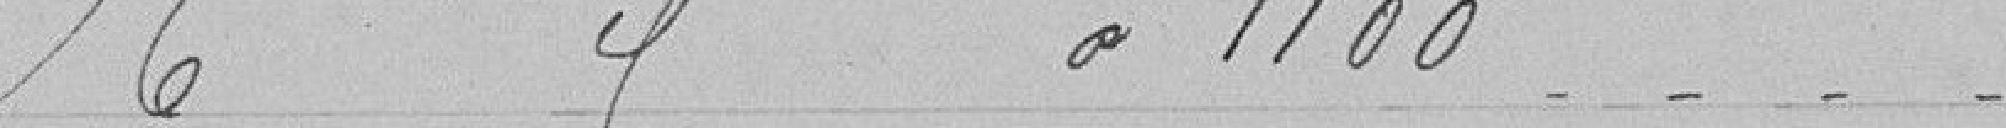
6 cantonniers à 1 100